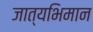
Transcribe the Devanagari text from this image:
जात्यभिमान